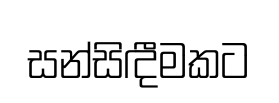
සන්සිඳීමකට